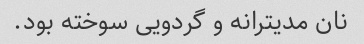
نان مدیترانه و گردویی سوخته بود.